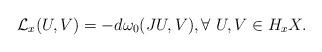
LaTeX: \begin{align*}\mathcal L_x(U, V)=-d\omega_0(JU, V), \forall~ U, V\in H_x X.\end{align*}